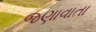
જણાવાતા